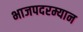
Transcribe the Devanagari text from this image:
भाजपदरम्यान